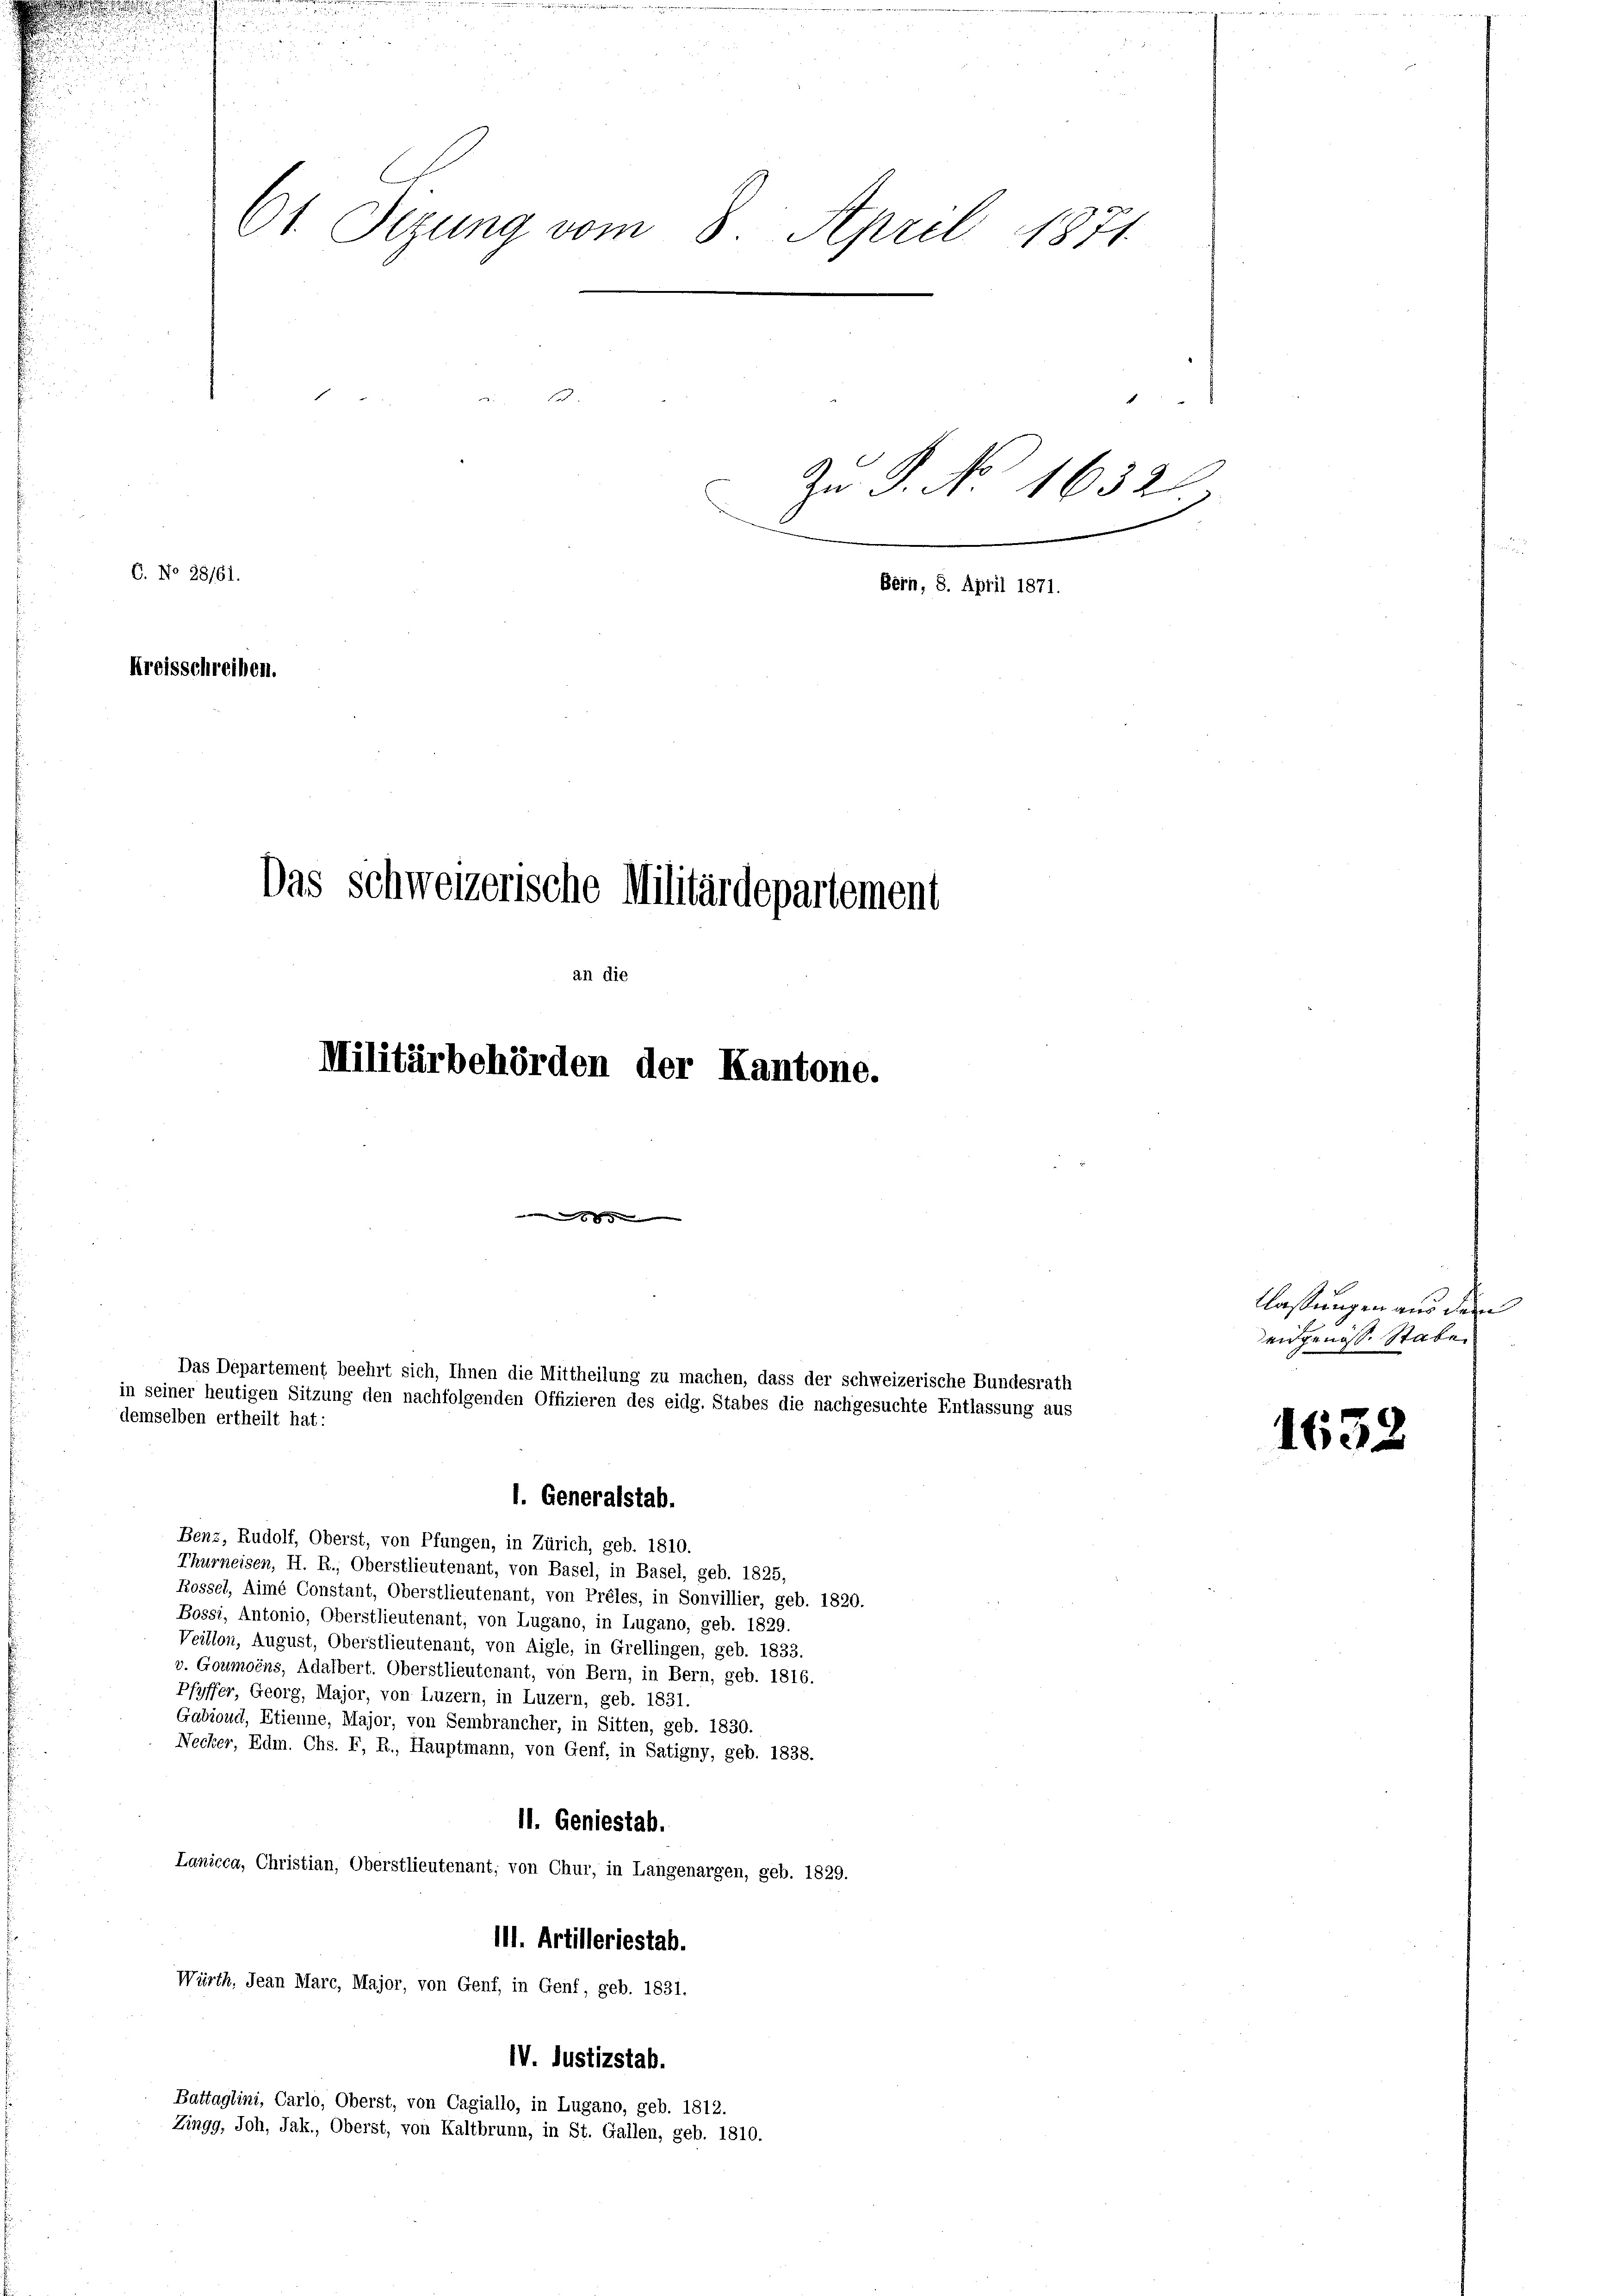
150.
Zu P. No. 1632
Kreisschreiben.
Das Schweizerische Militärdepartement
an die
Militärbehörden der Kantone.

C. No 28/61.

Das Departement beehrt sich, Ihnen die Mittheilung zu machen, dass der schweizerische Bundesrath
in seiner heutigen Sitzung den nachfolgenden Offizieren des eidg. Stabes die nachgesuchte Entlassung aus
demselben ertheilt hat:

61. Sizung vom 8. April 1871

Benz, Rudolf, Oberst, von Pfungen, in Zürich, geb. 1810.
Thurneisen, H. R., Oberstlieutenant, von Basel, in Basel, geb. 1825,
Rossel, Aimé Constant, Oberstlieutenant, von Préles, in Sonvillier, geb. 1820.
Bossi, Antonio, Oberstlieutenant, von Lugano, in Lugano, geb. 1829.
Veillon, August, Oberstlieutenant, von Aigle, in Grellingen, geb. 1833.
v. Goumoins, Adalbert. Oberstlieutenant, von Bern, in Bern, geb. 1816.
Pfyffer, Georg, Major, von Luzern, in Luzern, geb. 1831.
Gabioud, Etienne, Major, von Sembrancher, in Sitten, geb. 1830.
Necker, Edm. Chs. F, R., Hauptmann, von Genf. in Satigny, geb. 1838.
11. Geniestab.
Lanicca, Christian, Oberstlieutenant, von Chur, in Langenargen, geb. 1829.
111. Artilleriestab.
Würth, Jean Marc, Major, von Genf, in Genf, geb. 1831.
IV. Justizstab.
Battaglini, Carlo, Oberst, von Cagiallo, in Lugano, geb. 1812.
Zingg, Joh, Jak., Oberst, von Kaltbrunn, in St. Gallen, geb. 1810.

1. Generalstab.

Bern, 8. April 1871.

tlassungen aus dem
eidgenösse Stabe

1632